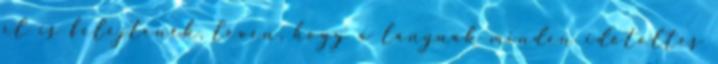
el is felejtenék, lévén, hogy a lánynak minden időtöltés